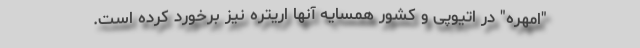
"امهره" در اتیوپی و کشور همسایه آنها اریتره نیز برخورد کرده است.